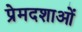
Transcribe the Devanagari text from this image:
प्रेमदशाओं